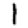
Digit: 1